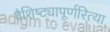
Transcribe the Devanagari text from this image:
वैशिष्ट्यापूर्णरित्या